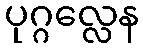
ပုဂ္ဂလ္လေန